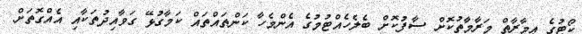
ކޯޓުގެ ޢިމާރާތް މަރާމާތުކޮށް ސާފުކޮށް ބެލެހެއްޓުމުގެ އެންމެހާ ކަންތައްތައް ކަމާގުޅޭ ގަވާއިދުތަކާއި އެއްގޮތަށް